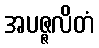
အပဇ္ဇလိတံ